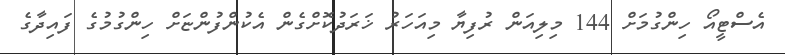
އެސްޓީއޯ ހިންގުމަށް 144 މިލިއަން ރުފިޔާ މިއަހަރު ޚަރަދުކޮށްގެން އެކުންފުންޏަށް ހިންގުމުގެ ފައިދާގެ